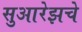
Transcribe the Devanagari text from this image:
सुआरेझचे